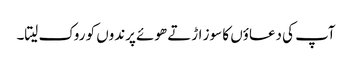
آپ کی دعاؤں کا سوز اڑتے ھوئے پرندوں کو روک لیتا۔